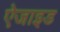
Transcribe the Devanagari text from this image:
ऐजाइड